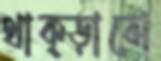
থাক্‌ড়াবো